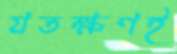
যতক্ষণই